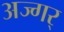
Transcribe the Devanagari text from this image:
अज्गर्